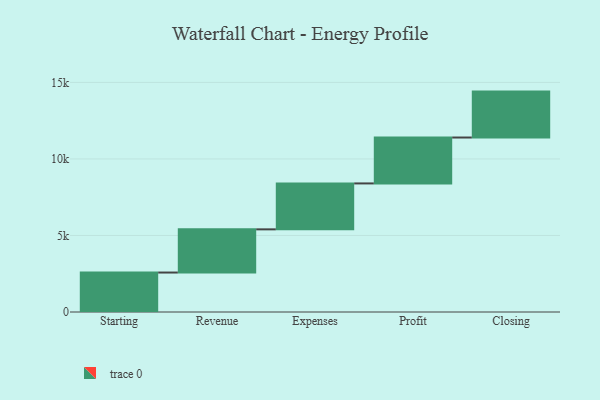
{"axis": {"x": "Step", "y": "Value"}, "legend": [""], "data": [{"x": "Starting", "y": 2578.0, "type": ""}, {"x": "Revenue", "y": 2822.0, "type": ""}, {"x": "Expenses", "y": 3000, "type": ""}, {"x": "Profit", "y": 3000, "type": ""}, {"x": "Closing", "y": 3000, "type": ""}]}